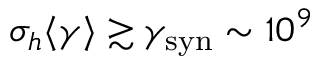
\sigma _ { h } \langle \gamma \rangle \gtrsim \gamma _ { \mathrm { s y n } } \sim 1 0 ^ { 9 }